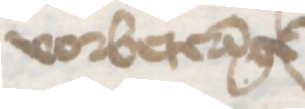
vorbetereinge